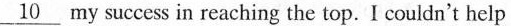
\underline{10}my success in reaching the top. I couldn't help